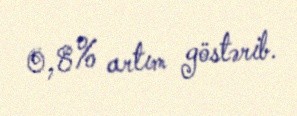
0,8% artım göstərib.